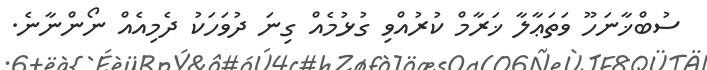
ސުބްޚާނަހޫ ވަތަޢާލާ ޚަރާމް ކުރުއްވި ގުޅުމެއް ގިނަ ދުވަހަކު ދެމިއެއް ނޯންނާނެ.